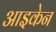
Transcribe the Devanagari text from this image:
आइकेन